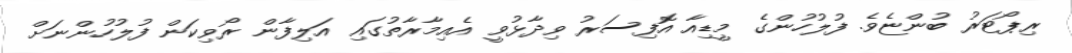
ރިޕޯޓަރު ބުންޏެވެ. ފުލުހުންގެ މީޑިއާ އޮފިސަރު ވިދާޅުވީ އެއިމާރާތުގައި އަލިފާން ރޯވިކަން ފުލުހުންނަށް